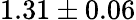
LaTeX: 1.31\pm 0.06